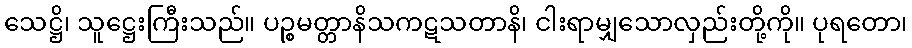
သေဋ္ဌိ၊ သူဋ္ဌေးကြီးသည်။ ပဉ္စမတ္တာနိသကဋသတာနိ၊ ငါးရာမျှသောလှည်းတို့ကို။ ပုရတော၊